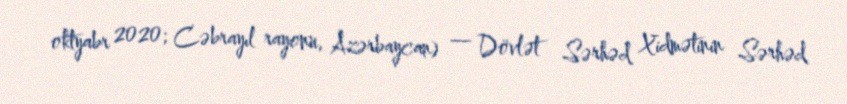
oktyabr 2020; Cəbrayıl rayonu, Azərbaycan) — Dövlət Sərhəd Xidmətinin Sərhəd